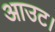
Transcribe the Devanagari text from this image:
आउट।